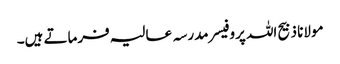
مولانا ذبیح اللہ پروفیسر مدرسہ عالیہ فرماتے ہیں۔